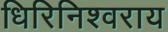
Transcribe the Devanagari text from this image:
धिरिनिश्वराय